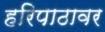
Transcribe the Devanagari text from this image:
हरिपाठावर